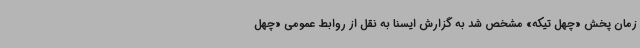
زمان پخش «چهل تیکه» مشخص شد به گزارش ایسنا به نقل از روابط عمومی «چهل